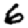
Digit: 6